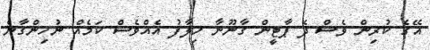
އޭގެ ކުރިން ވެސް ދެ ޕާޓީން ގާނޫނާ ހިލާފު އެއްވެސް ކަމެއް ނުހިންގާނެ